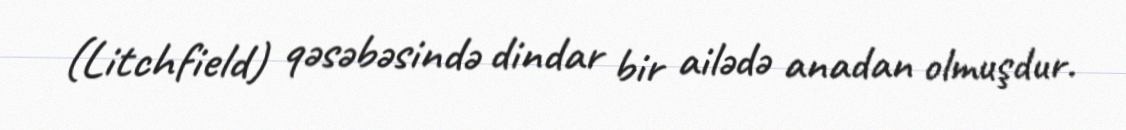
(Litchfield) qəsəbəsində dindar bir ailədə anadan olmuşdur.